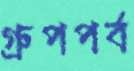
গ্রুপপর্ব